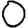
Digit: 0